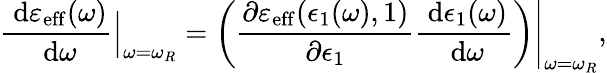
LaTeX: \frac{\ \mathrm{d}\varepsilon_{\mathrm{eff}}(\omega)}{\ \mathrm{d}\omega}\Big\vert_{\omega=\omega_{R}}=\left.\bigg(\frac{\partial\varepsilon_{\mathrm{eff}}(\epsilon_{1}(\omega),1)}{\partial\epsilon_{1}}\frac{\ \mathrm{d}\epsilon_{1}(\omega)}{\ \mathrm{d}\omega}\bigg)\right\vert_{\omega=\omega_{R}},